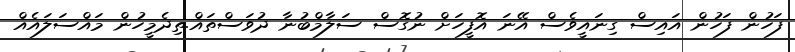
ފަހުން ފަހުން އައިސް ގިނައީވެސް އޭނަ އޮފީހަށް ނުގޮސް ސަލާމްބުނާ ދުވަސްތައް.ތިދެމީހުން މައްސަލައެއް